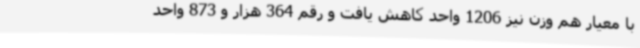
با معیار هم وزن نیز 1206 واحد کاهش یافت و رقم 364 هزار و 873 واحد